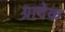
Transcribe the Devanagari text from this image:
ग्रादेक